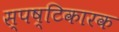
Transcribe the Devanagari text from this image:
स्पष्टिकारक